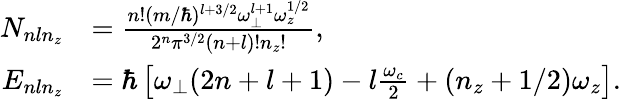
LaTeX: \begin{array}{rl}{N_{nln_{z}}}&{=\frac{n!(m/\hbar)^{l+3/2}\omega_{\perp}^{l+1}\omega_{z}^{1/2}}{2^{n}\pi^{3/2}(n+l)!n_{z}!},}\\ {E_{nln_{z}}}&{=\hbar\left[\omega_{\perp}(2n+l+1)-l\frac{\omega_{c}}{2}+(n_{z}+1/2)\omega_{z}\right].}\end{array}